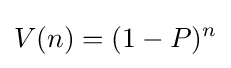
V(n)=(1-P)^{n}